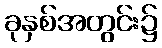
ခုနှစ်အတွင်း၌